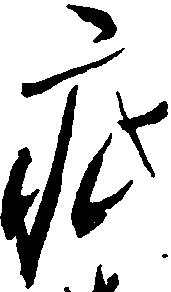
疵